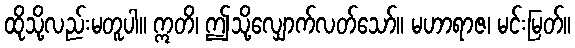
ထိုသို့လည်းမတူပါ။ ဣတိ၊ ဤသို့လျှောက်လတ်သော်။ မဟာရာဇ၊ မင်းမြတ်။